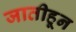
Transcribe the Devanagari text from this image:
जातीहून